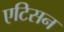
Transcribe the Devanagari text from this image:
एटिसन